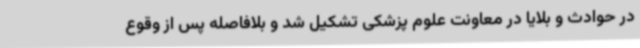
در حوادث و بلایا در معاونت علوم پزشکی تشکیل شد و بلافاصله پس از وقوع